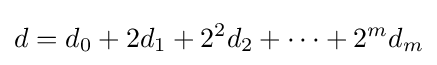
d=d_{0}+2d_{1}+2^{2}d_{2}+\cdots +2^{m}d_{m}